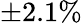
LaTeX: \pm 2.1\%